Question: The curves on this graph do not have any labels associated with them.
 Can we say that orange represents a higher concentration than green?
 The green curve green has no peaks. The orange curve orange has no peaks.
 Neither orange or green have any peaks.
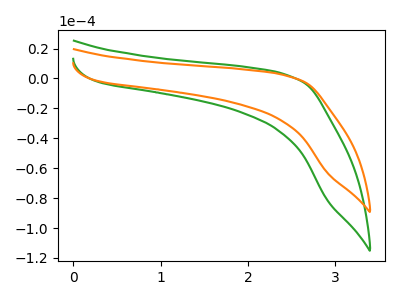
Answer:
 <answer>I cant tell if "orange" or "green" has higher concentration.</answer>
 <eval>mixed_concentration</eval>